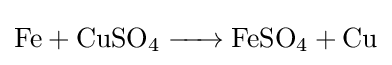
{\ce {Fe + CuSO4 -> FeSO4 + Cu}}